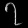
Digit: ၇